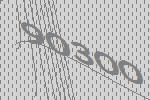
90300